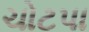
ચોટપા